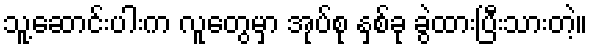
သူ့ဆောင်းပါးက လူတွေမှာ အုပ်စု နှစ်ခု ခွဲထားပြီးသားတဲ့။